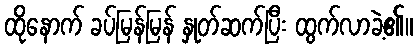
ထိုနောက် ခပ်မြန်မြန် နှုတ်ဆက်ပြီး ထွက်လာခဲ့၏။